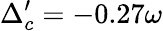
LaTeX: \Delta_{c}^{\prime}=-0.27\omega